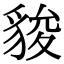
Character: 䝜